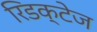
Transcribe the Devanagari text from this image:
रिडक्टेज